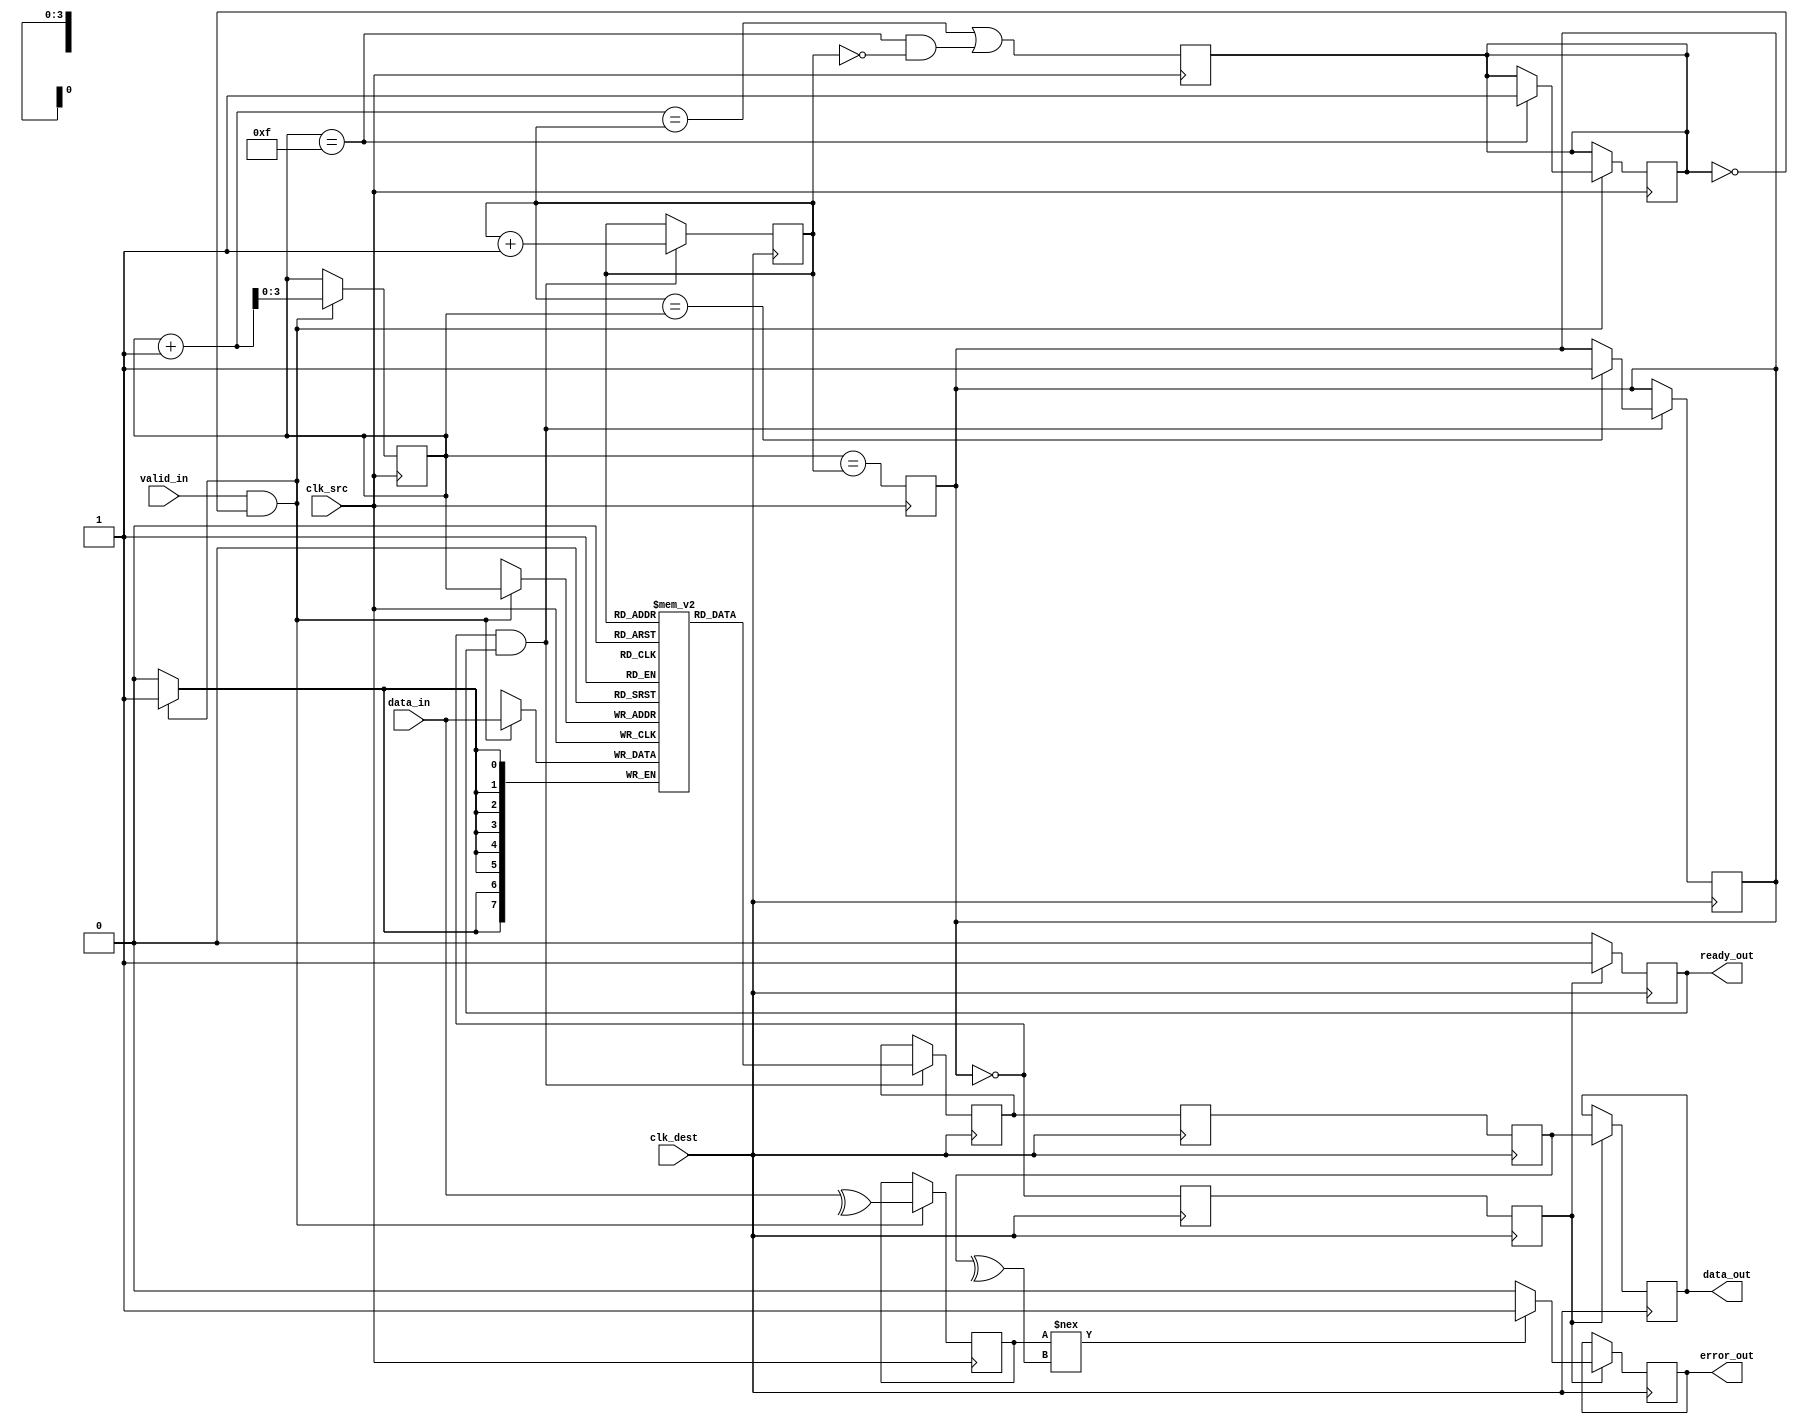
module cdc_memory_block #(
    parameter DATA_WIDTH = 8,
    parameter FIFO_DEPTH = 16
)(
    input wire clk_src,            // Source clock
    input wire clk_dest,           // Destination clock
    input wire [DATA_WIDTH-1:0] data_in,      // Data input from source
    input wire valid_in,           // Valid signal from source
    output reg ready_out,          // Ready signal for destination
    output reg [DATA_WIDTH-1:0] data_out,     // Data output to destination
    output reg error_out           // Error signal
);

// Internal signals
reg [DATA_WIDTH-1:0] fifo_mem [0:FIFO_DEPTH-1]; // FIFO memory
reg [DATA_WIDTH-1:0] data_sync1, data_sync2; // Synchronized data
reg valid_sync1, valid_sync2; // Synchronized valid signal
reg [DATA_WIDTH-1:0] data_fifo; // Data from FIFO to output
reg fifo_full, fifo_empty; // FIFO status signals
reg [3:0] read_ptr, write_ptr; // FIFO pointers
reg parity_bit; // Parity bit for error detection

// FIFO Write Logic (Source Clock Domain)
always @(posedge clk_src) begin
    if (valid_in && !fifo_full) begin
        fifo_mem[write_ptr] <= data_in;
        parity_bit <= ^data_in; // Generate parity bit
        write_ptr <= write_ptr + 1;
        if (write_ptr == FIFO_DEPTH - 1) begin
            fifo_full <= 1;
        end
    end
end

// FIFO Read Logic (Destination Clock Domain)
always @(posedge clk_dest) begin
    if (!fifo_empty && ready_out) begin
        data_fifo <= fifo_mem[read_ptr];
        read_ptr <= read_ptr + 1;
        if (read_ptr == write_ptr) begin
            fifo_empty <= 1;
        end
    end
end

// Synchronization Logic for Data and Valid Signals
always @(posedge clk_dest) begin
    data_sync1 <= data_fifo;
    valid_sync1 <= !fifo_empty;
    data_sync2 <= data_sync1;
    valid_sync2 <= valid_sync1;
end

// Output and Error Checking Logic
always @(posedge clk_dest) begin
    if (valid_sync2) begin
        data_out <= data_sync2;
        if (parity_bit !== ^data_sync2) begin
            error_out <= 1; // Error detected
        end else begin
            error_out <= 0; // No error
        end
        ready_out <= 1; // Indicate destination is ready
    end else begin
        ready_out <= 0; // Not ready
    end
end

// FIFO Empty and Full Logic
always @(posedge clk_src) begin
    fifo_empty <= (write_ptr == read_ptr);
    fifo_full <= (write_ptr + 1 == read_ptr) || (write_ptr == FIFO_DEPTH - 1 && read_ptr == 0);
end

endmodule